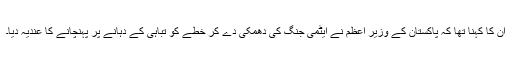
ان کا کہنا تھا کہ پاکستان کے وزیر اعظم نے ایٹمی جنگ کی دھمکی دے کر خطے کو تباہی کے دہانے پر پہنچانے کا عندیہ دیا۔